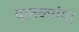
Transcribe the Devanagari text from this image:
पातळगंगा